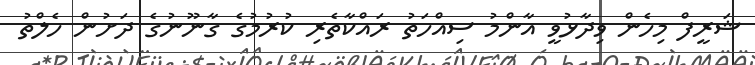
ޝަރީފް މިހެން ވިދާޅުވީ އާންމު ސިއްހަތު ރައްކާތެރި ކުރުމުގެ ގާނޫނުގެ ދަށުން ހެލްތު